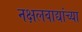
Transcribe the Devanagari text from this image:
नक्षलवाद्यांच्या